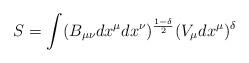
LaTeX: \begin{align*} S=\int(B_{\mu\nu}dx^\mu dx^\nu)^{\frac{1-\delta}{2}}(V_\mu dx^\mu)^\delta\end{align*}